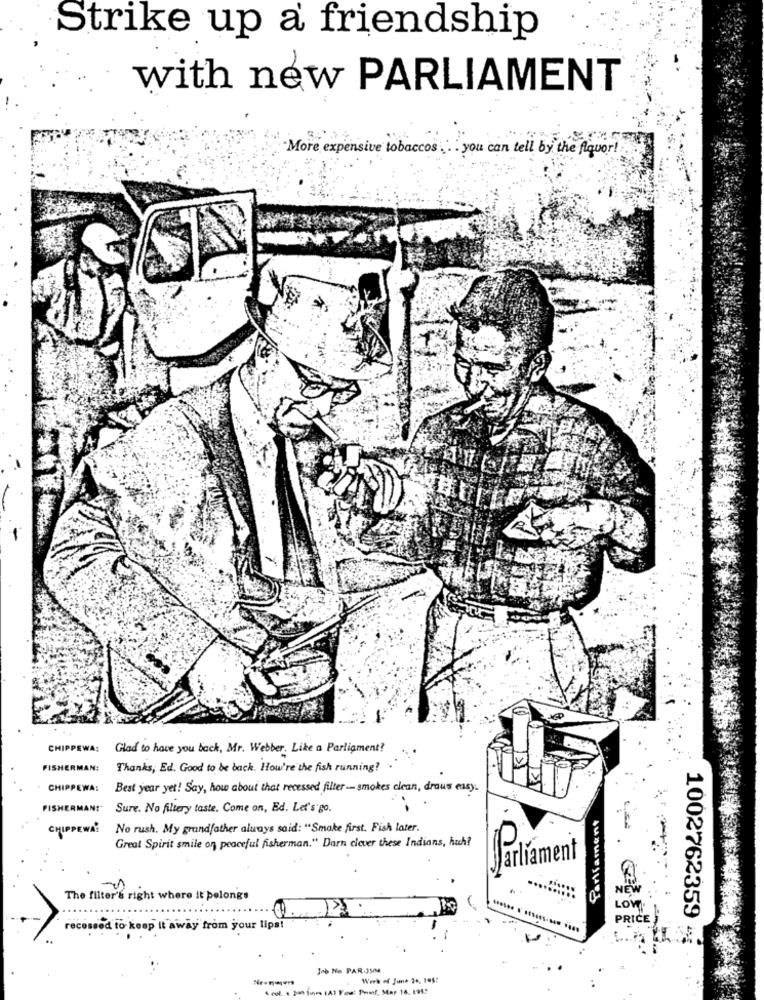
Strike up a friendship
with new PARLIAMENT
More expensive tobaccos . you can tell by the fiquor !
CHIPPEWA:
Glad to have you back, Mr. Webber. Like a Parliament?
FISHERMAN:
Thanks, Ed. Good to be back. How're the fish running?
CHIPPEWA:
Best year yet! Say, how about that recessed filter - smokes clean, draus easy.
FISHERMAN!"
Sure. No filtery taste. Come on, Ed. Let's go.
Parliament
CHIPPEWA:
No rush. My grandfather always said: "Smoke first. Fish later.
Great Spirit smile on peaceful fisherman." Darn clever these Indians, huh?
Parlament
The filter's right where it belongs
1002762359
PRICE
recessed to keep it away from your lips!
Week of June 24, 105: